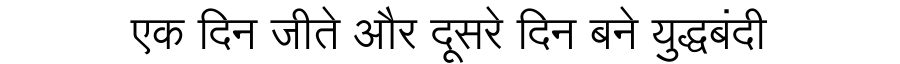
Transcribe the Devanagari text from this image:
एक दिन जीते और दूसरे दिन बने युद्धबंदी